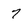
Character: 7